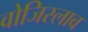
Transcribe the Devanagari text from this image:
वोजिस्लाव